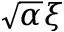
\sqrt { \alpha } \xi